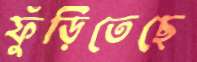
ফুঁড়িতেছে